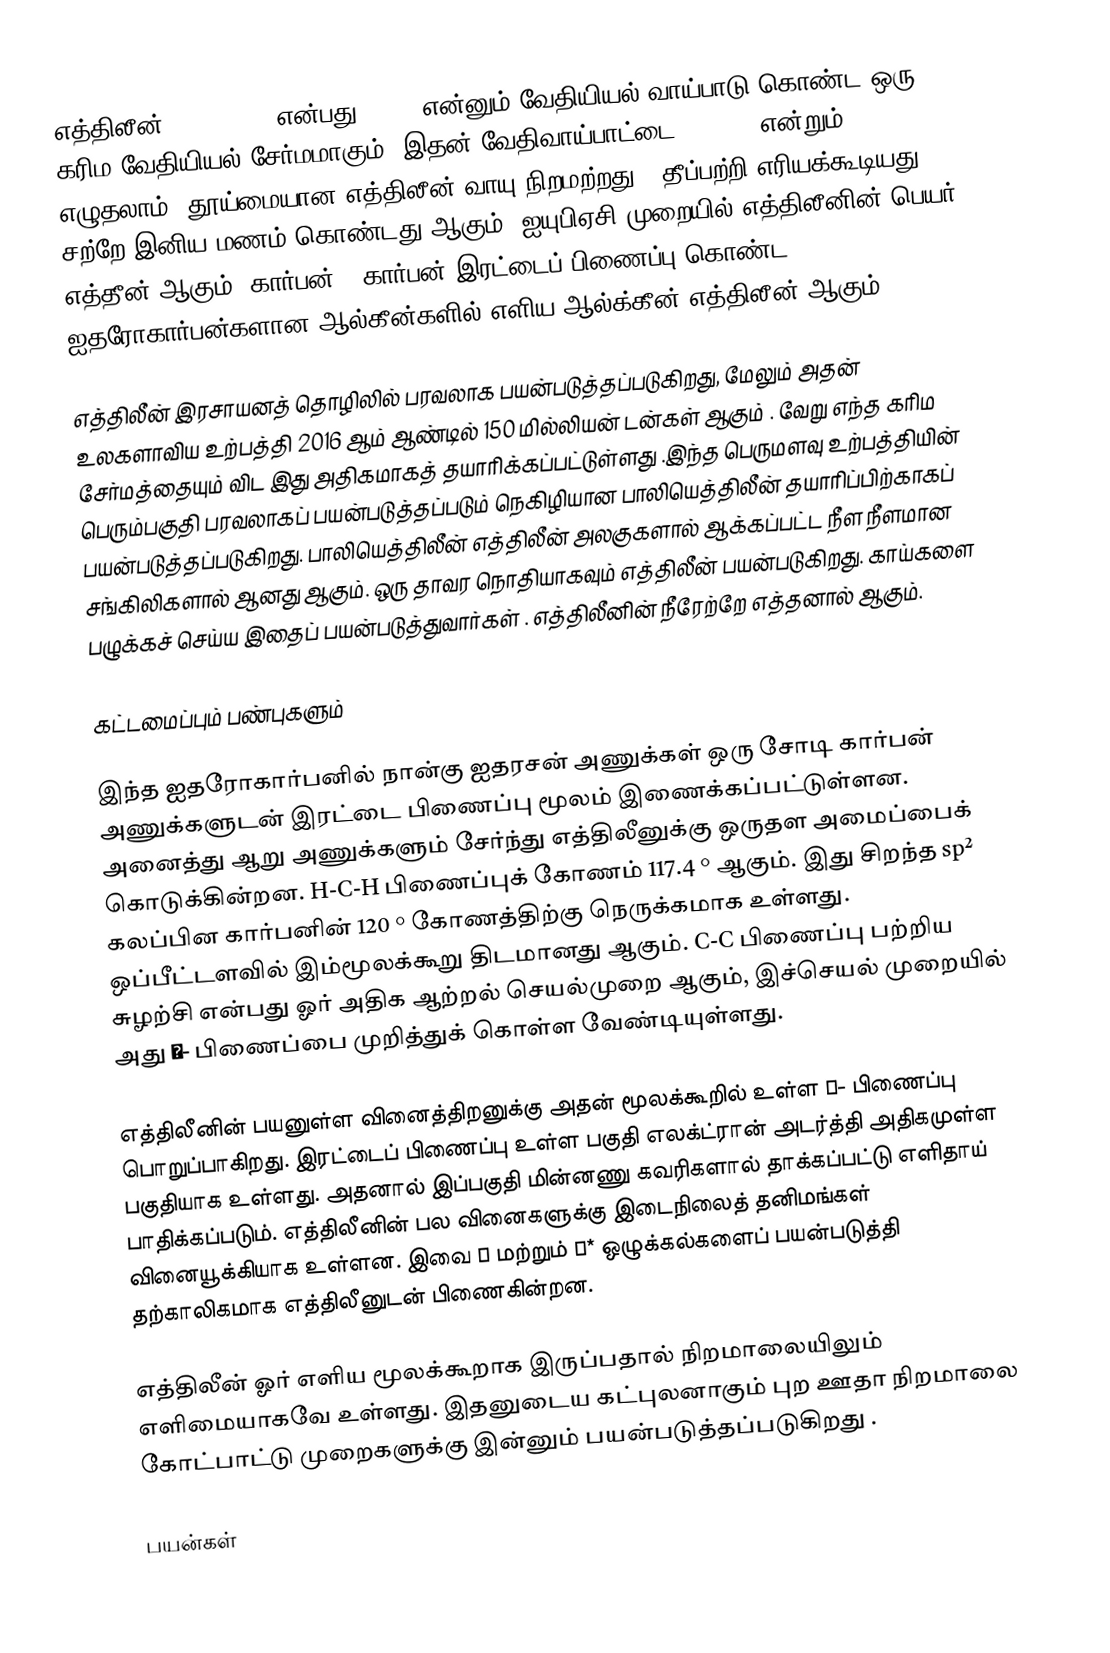
எத்திலீன் (Ethylene) என்பது C2H4. என்னும் வேதியியல் வாய்பாடு கொண்ட ஒரு கரிம வேதியியல் சேர்மமாகும். இதன் வேதிவாய்பாட்டை H2C=CH2 என்றும் எழுதலாம். தூய்மையான எத்திலீன் வாயு நிறமற்றது . தீப்பற்றி எரியக்கூடியது. சற்றே இனிய மணம் கொண்டது ஆகும். ஐயுபிஏசி  முறையில் எத்திலீனின் பெயர் எத்தீன் ஆகும். கார்பன் – கார்பன் இரட்டைப் பிணைப்பு கொண்ட ஐதரோகார்பன்களான ஆல்கீன்களில் எளிய ஆல்க்கீன் எத்திலீன் ஆகும்.

எத்திலீன் இரசாயனத் தொழிலில் பரவலாக பயன்படுத்தப்படுகிறது, மேலும் அதன் உலகளாவிய உற்பத்தி  2016 ஆம் ஆண்டில் 150 மில்லியன் டன்கள் ஆகும் . வேறு எந்த கரிம சேர்மத்தையும் விட இது அதிகமாகத் தயாரிக்கப்பட்டுள்ளது .இந்த பெருமளவு உற்பத்தியின் பெரும்பகுதி பரவலாகப் பயன்படுத்தப்படும் நெகிழியான பாலியெத்திலீன் தயாரிப்பிற்காகப் பயன்படுத்தப்படுகிறது. பாலியெத்திலீன் எத்திலீன் அலகுகளால் ஆக்கப்பட்ட நீள நீளமான சங்கிலிகளால் ஆனது ஆகும். ஒரு தாவர நொதியாகவும் எத்திலீன் பயன்படுகிறது. காய்களை பழுக்கச் செய்ய இதைப் பயன்படுத்துவார்கள் . எத்திலீனின் நீரேற்றே எத்தனால் ஆகும்.

கட்டமைப்பும் பண்புகளும்

இந்த ஐதரோகார்பனில் நான்கு ஐதரசன் அணுக்கள் ஒரு சோடி கார்பன் அணுக்களுடன் இரட்டை பிணைப்பு மூலம் இணைக்கப்பட்டுள்ளன. அனைத்து ஆறு அணுக்களும் சேர்ந்து எத்திலீனுக்கு ஒருதள அமைப்பைக் கொடுக்கின்றன. H-C-H பிணைப்புக் கோணம் 117.4 ° ஆகும். இது சிறந்த sp² கலப்பின கார்பனின் 120 ° கோணத்திற்கு நெருக்கமாக உள்ளது. ஒப்பீட்டளவில் இம்மூலக்கூறு திடமானது ஆகும்.  C-C பிணைப்பு பற்றிய சுழற்சி என்பது ஓர் அதிக ஆற்றல் செயல்முறை ஆகும், இச்செயல் முறையில் அது π- பிணைப்பை முறித்துக் கொள்ள வேண்டியுள்ளது.

எத்திலீனின் பயனுள்ள வினைத்திறனுக்கு அதன் மூலக்கூறில் உள்ள π- பிணைப்பு பொறுப்பாகிறது. இரட்டைப் பிணைப்பு உள்ள பகுதி எலக்ட்ரான் அடர்த்தி அதிகமுள்ள பகுதியாக உள்ளது. அதனால் இப்பகுதி மின்னணு கவரிகளால் தாக்கப்பட்டு எளிதாய் பாதிக்கப்படும். எத்திலீனின் பல வினைகளுக்கு இடைநிலைத் தனிமங்கள் வினையூக்கியாக உள்ளன. இவை π மற்றும் π* ஒழுக்கல்களைப் பயன்படுத்தி தற்காலிகமாக எத்திலீனுடன் பிணைகின்றன.

எத்திலீன் ஓர் எளிய மூலக்கூறாக இருப்பதால் நிறமாலையிலும் எளிமையாகவே உள்ளது. இதனுடைய கட்புலனாகும் புற ஊதா நிறமாலை கோட்பாட்டு முறைகளுக்கு இன்னும் பயன்படுத்தப்படுகிறது .

பயன்கள்